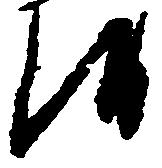
候